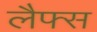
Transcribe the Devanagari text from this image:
लैफ्स